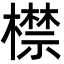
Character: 㯲